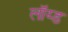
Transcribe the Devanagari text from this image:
लॉय्ड